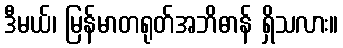
ဒီမယ်၊ မြန်မာတရုတ်အဘိဓာန် ရှိသလား။